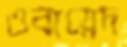
ওবায়েদ